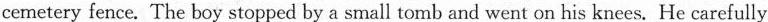
cemetery fence. The boy stopped by a small tomb and went on his knees. He carefully